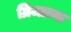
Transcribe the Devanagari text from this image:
ग्रिजाल्वा